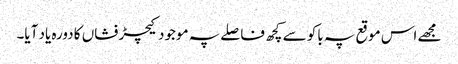
مجھے اس موقع پہ باکو سے کچھ فاصلے پہ موجود کیچڑ فشاں کا دورہ یاد آیا۔